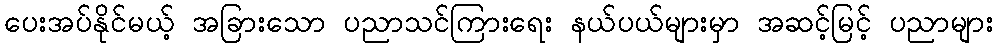
ပေးအပ်နိုင်မယ့် အခြားသော ပညာသင်ကြားရေး နယ်ပယ်များမှာ အဆင့်မြင့် ပညာများ